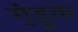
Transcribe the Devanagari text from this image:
गुंड्रूक